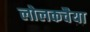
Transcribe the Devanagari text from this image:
लोलकचैया